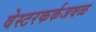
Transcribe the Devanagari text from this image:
वेस्टरकर्कजवळ